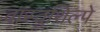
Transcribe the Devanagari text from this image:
वास्तुशिल्पे